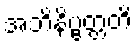
အဘိနိဗ္ဗတ္တတိ